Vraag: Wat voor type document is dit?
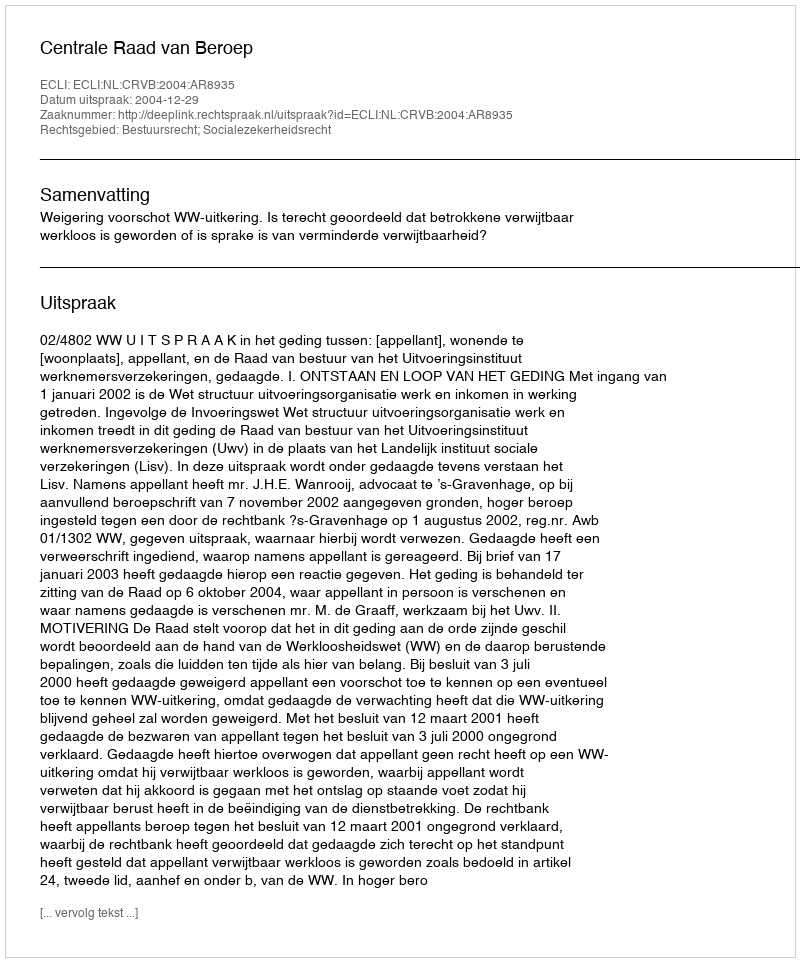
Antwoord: Uitspraak